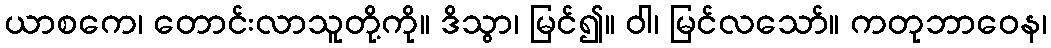
ယာစကေ၊ တောင်းလာသူတို့ကို။ ဒိသွာ၊ မြင်၍။ ဝါ၊ မြင်လသော်။ ကတုဘာဝေန၊